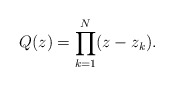
\begin{align*}Q(z) = \prod_{k=1}^{N} (z - z_{k}).\end{align*}